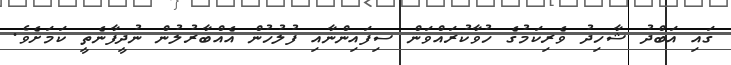
ގައި އަބްދު ޝާހިދު ވެރިކަމުގެ ހުވާކުރައްވަން ސިފައިންނާއި ފުލުހުން އެއްބާރުލުން ނުދީފާނެތީ ކަމަށެވެ.